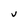
Character: V